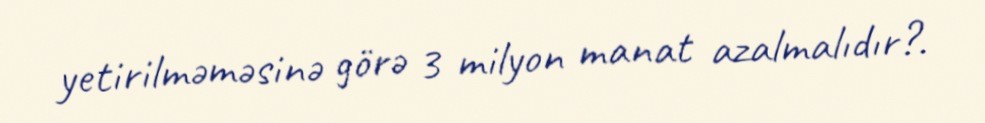
yetirilməməsinə görə 3 milyon manat azalmalıdır?.